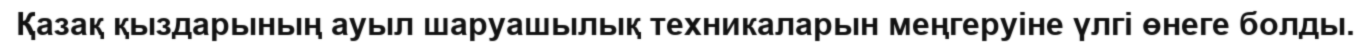
Қазақ қыздарының ауыл шаруашылық техникаларын меңгеруіне үлгі өнеге болды.